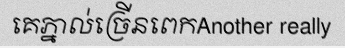
គេភ្នាល់ច្រើនពេកAnother really